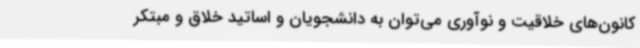
کانون‌های خلاقیت و نوآوری می‌توان به دانشجویان و اساتید خلاق و مبتکر